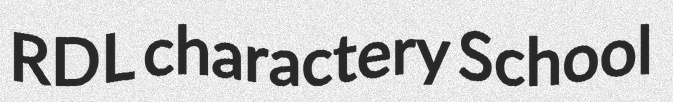
RDL charactery School